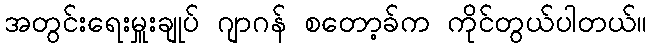
အတွင်းရေးမှူးချုပ် ဂျာဂန် စတော့ခ်က ကိုင်တွယ်ပါတယ်။